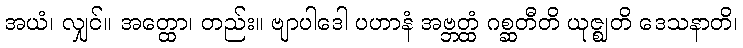
အယံ၊ လျှင်။ အတ္ထော၊ တည်း။ ဗျာပါဒေါ ပဟာနံ အဗ္ဘတ္ထံ ဂစ္ဆတီတိ ယုဇ္ဈတိ ဒေသနာတိ၊